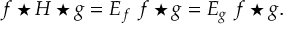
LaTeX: f \star H \star g = E _ { f } ~ f \star g = E _ { g } ~ f \star g .